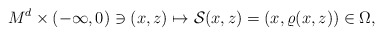
\begin{align*}M^d\times (-\infty, 0)\ni (x, z)\mapsto \mathcal{S}(x, z)=(x, \varrho(x, z))\in \Omega,\end{align*}